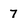
Character: 7